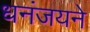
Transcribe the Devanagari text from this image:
धनंजयने